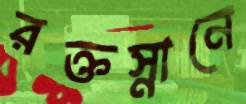
রক্তস্নানে